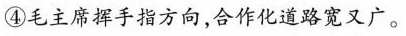
④毛主席挥手指方向，合作化道路宽又广。